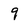
Character: 9